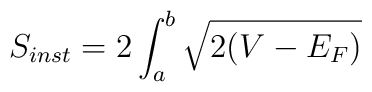
S_{inst} = 2 \int_{a}^{b} \sqrt{2(V-E_{F})}